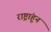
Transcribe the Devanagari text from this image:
राष्ट्रांहून